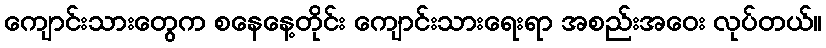
ကျောင်းသားတွေက စနေနေ့တိုင်း ကျောင်းသားရေးရာ အစည်းအဝေး လုပ်တယ်။